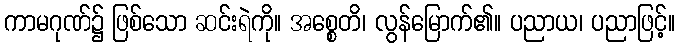
ကာမဂုဏ်၌ ဖြစ်သော ဆင်းရဲကို။ အစ္စေတိ၊ လွန်မြောက်၏။ ပညာယ၊ ပညာဖြင့်။